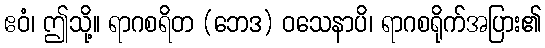
ဧဝံ၊ ဤသို့။ ရာဂစရိတ (ဘေဒ) ဝသေနာပိ၊ ရာဂစရိုက်အပြား၏